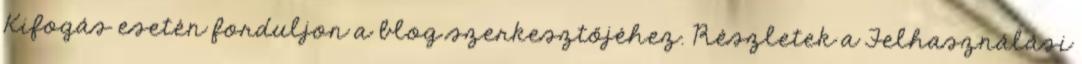
Kifogás esetén forduljon a blog szerkesztőjéhez. Részletek a Felhasználási